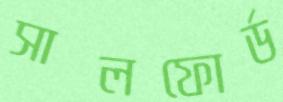
সালফোর্ড